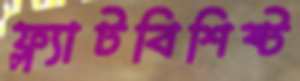
ফ্ল্যাটবিশিষ্ট